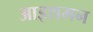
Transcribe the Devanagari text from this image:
आइशमन